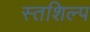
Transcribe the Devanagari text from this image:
स्‍तशिल्प